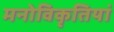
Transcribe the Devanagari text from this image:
मनोविकृतियां